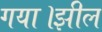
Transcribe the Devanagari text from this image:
गया।झील